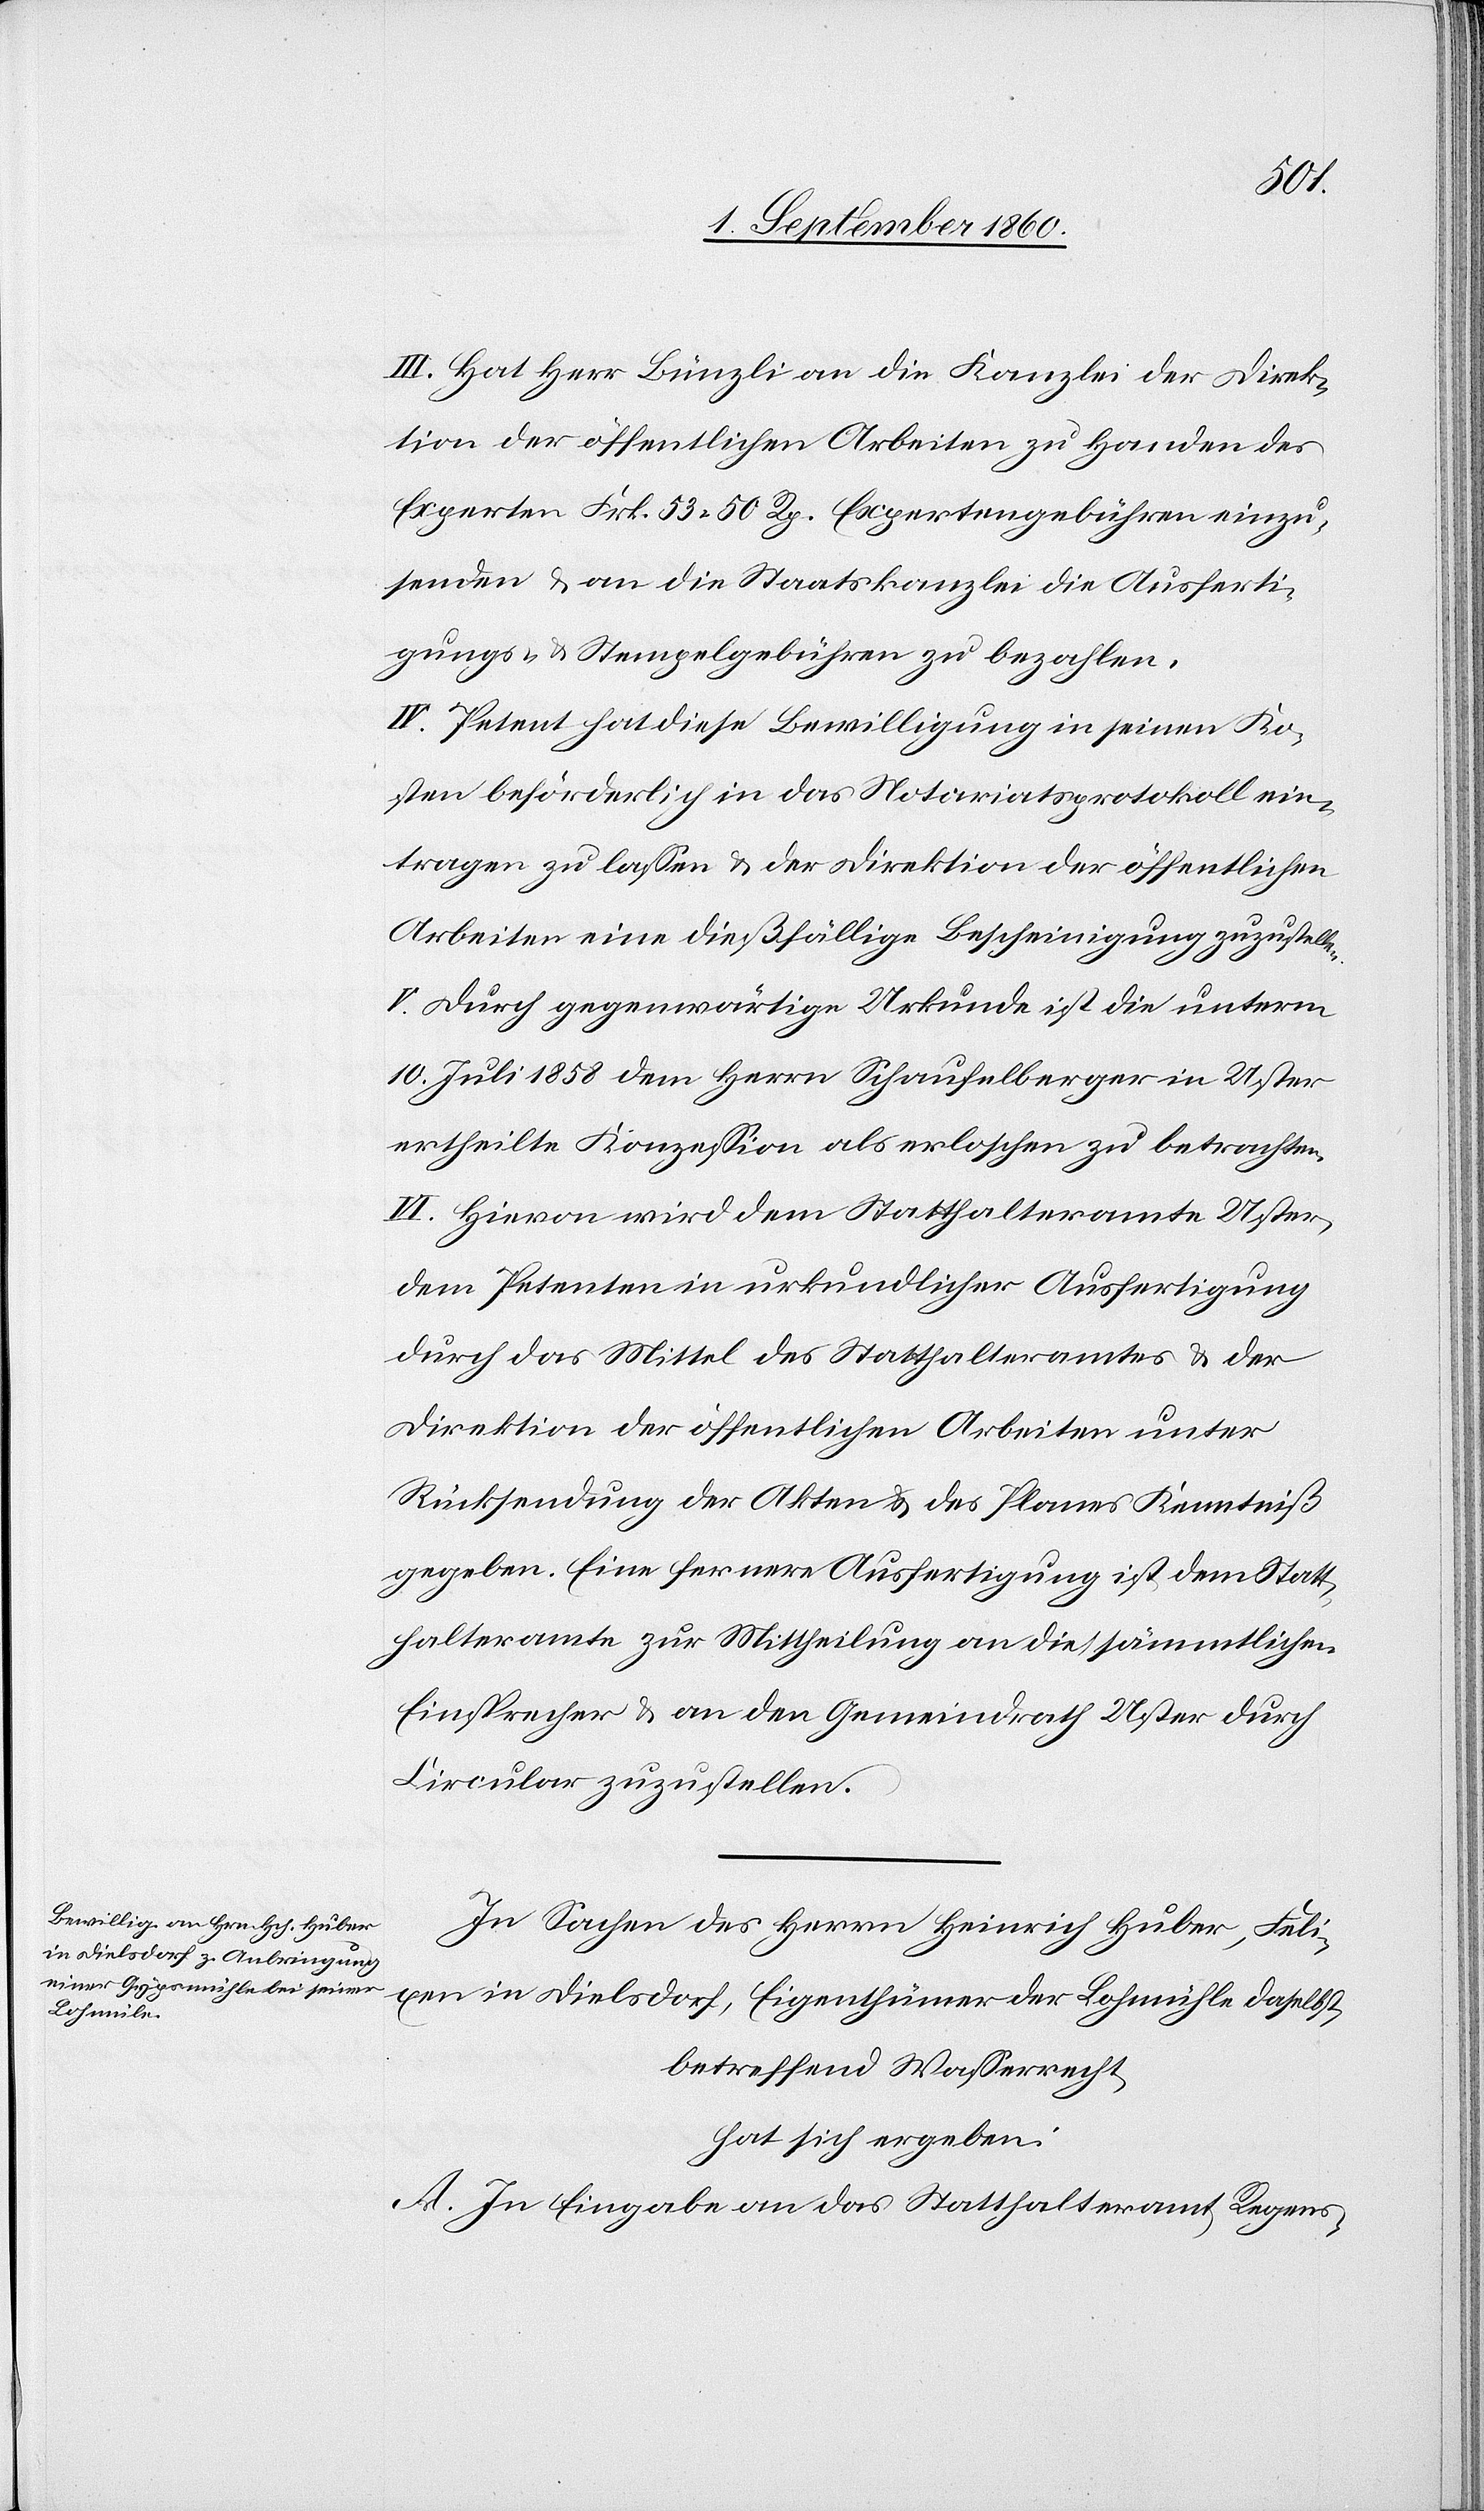
III. Hat Hr. Bünzli an die Kanzlei der Direk¬
tion der öffentlichen Arbeiten zu Handen des
Experten Frk. 53 50 Rp. Expertengebühren einzu¬
senden u. an die Staatskanzlei die Ausferti¬
gungs- u. Stempelgebühren zu bezahlen.
IV. Petent hat diese Bewilligung in seinen Ko¬
sten beförderlich in das Notariatsprotokoll ein¬
tragen zu lassen u. der Direktion der öffentlichen
Arbeiten eine diesfällige Bescheinigung zuzustellen.
V. Durch gegenwärtige Urkunde ist die unterm
10. Juli 1858 dem Hrn. Schaufelberger in Uster
ertheilte Konzession als erloschen zu betrachten.
VI. Hievon wird dem Statthalteramte Uster,
dem Petenten in urkundlicher Ausfertigung
durch das Mittel des Statthalteramtes u. der
Direktion der öffentlichen Arbeiten unter
Rücksendung der Akten u. des Planes Kenntniss
gegeben. Eine fernere Ausfertigung ist dem Statt¬
halteramte zur Mittheilung an die sämmtlichen
Einsprecher u. an den Gemeindrath Uster durch
Cirkular zuzustellen.
In Sachen des Herrn Heinrich Huber, Feli¬
xen in Dielsdorf, Eigenthümer der Lohmühle daselbst,
betreffend Wasserrecht
hat sich ergeben:
A. In Eingabe an das Statthalteramt Regens-